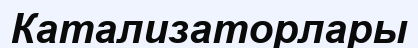
Катализаторлары